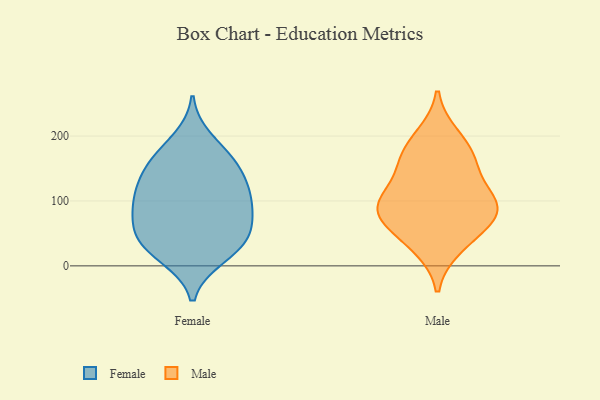
{"axis": {"x": "Headcount", "y": "Value"}, "legend": ["Female", "Male"], "data": [{"x": "", "y": 41, "type": "Female"}, {"x": "", "y": 145, "type": "Female"}, {"x": "", "y": 112, "type": "Female"}, {"x": "", "y": 150, "type": "Female"}, {"x": "", "y": 89, "type": "Female"}, {"x": "", "y": 12, "type": "Female"}, {"x": "", "y": 34, "type": "Female"}, {"x": "", "y": 172, "type": "Female"}, {"x": "", "y": 48, "type": "Female"}, {"x": "", "y": 196, "type": "Female"}, {"x": "", "y": 165, "type": "Female"}, {"x": "", "y": 50, "type": "Female"}, {"x": "", "y": 94, "type": "Female"}, {"x": "", "y": 91, "type": "Female"}, {"x": "", "y": 119, "type": "Female"}, {"x": "", "y": 12, "type": "Female"}, {"x": "", "y": 130, "type": "Female"}, {"x": "", "y": 51, "type": "Female"}, {"x": "", "y": 83, "type": "Female"}, {"x": "", "y": 81, "type": "Male"}, {"x": "", "y": 199, "type": "Male"}, {"x": "", "y": 92, "type": "Male"}, {"x": "", "y": 139, "type": "Male"}, {"x": "", "y": 170, "type": "Male"}, {"x": "", "y": 83, "type": "Male"}, {"x": "", "y": 48, "type": "Male"}, {"x": "", "y": 166, "type": "Male"}, {"x": "", "y": 90, "type": "Male"}, {"x": "", "y": 30, "type": "Male"}, {"x": "", "y": 101, "type": "Male"}]}